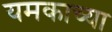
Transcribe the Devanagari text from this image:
यमकाच्या